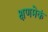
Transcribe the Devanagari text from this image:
क्षणमेकं